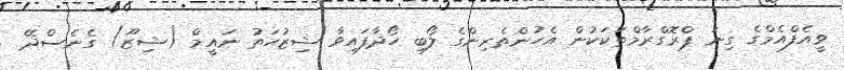
ވީއެފްއެމްގެ ގިނަ ޕްރޮގްރާމްތަކަކުން އެހުންތެރިންގެ ލޯބި ހޯދާފައިވާ ޝިޒުހަތު ނައީމް (ޝިޒޫ) ގެނެސްދޭ